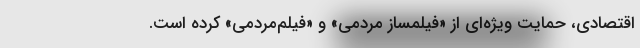
اقتصادی، حمایت ویژه‌ای از «فیلمساز مردمی» و «فیلم‌مردمی» کرده است.